38_143685_box_Incident_Summaries_101-172
Agency: Department of War
Page 26
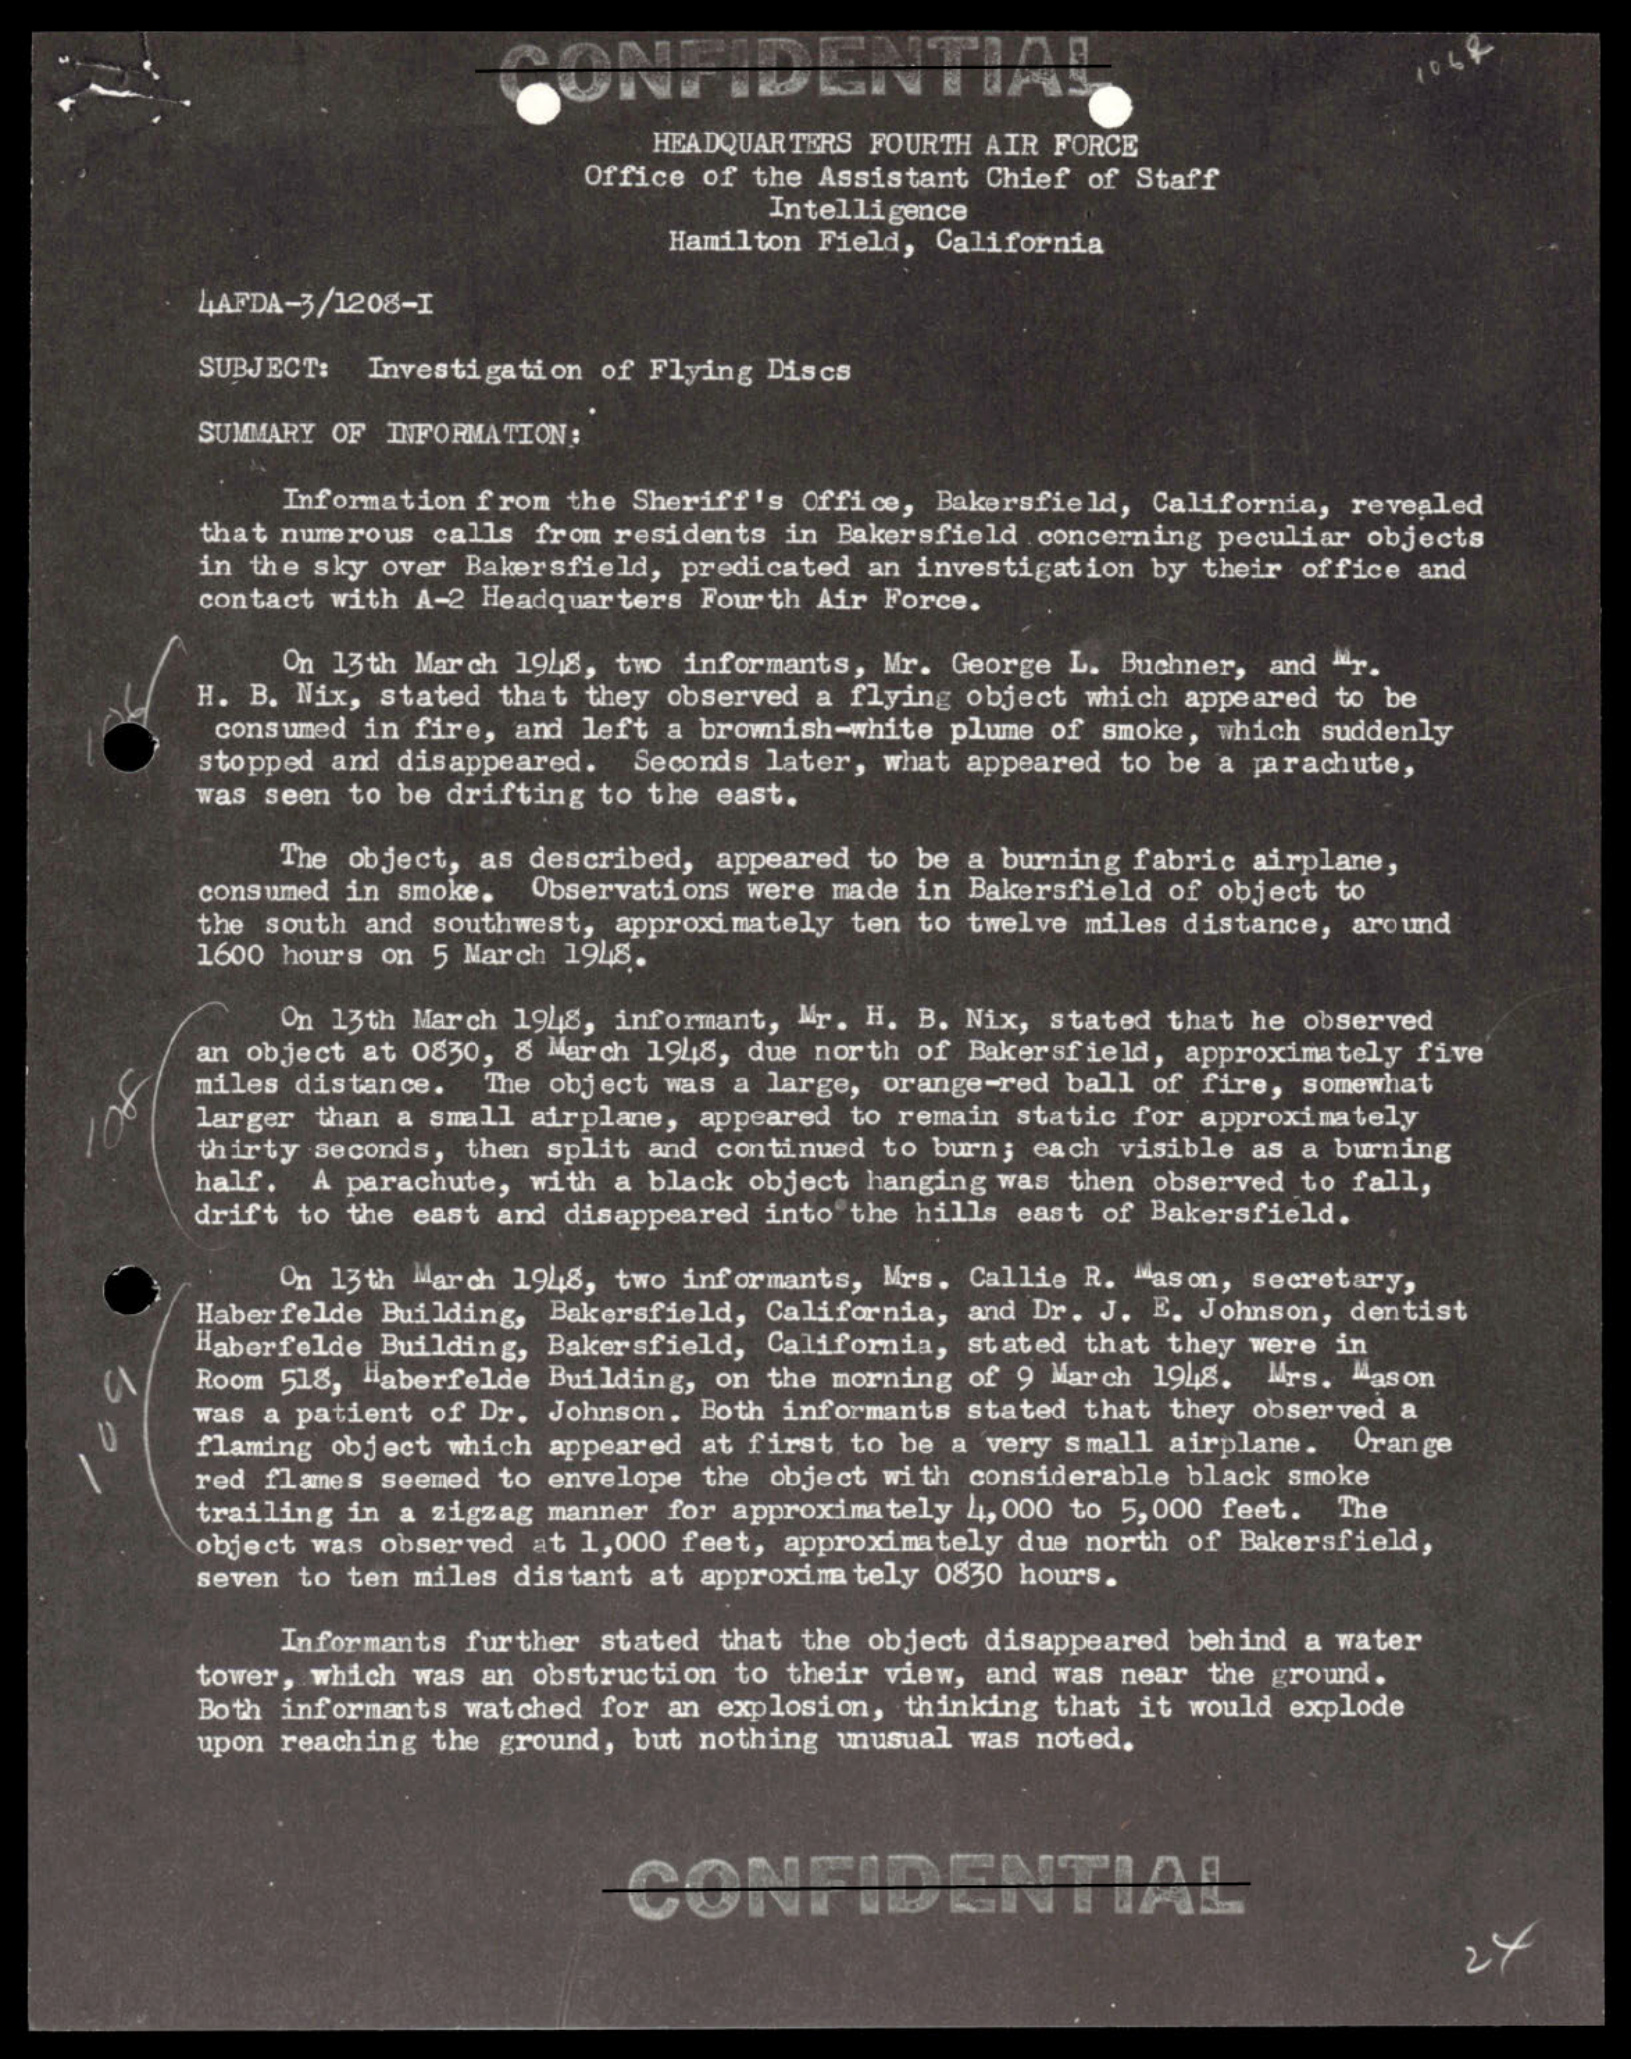